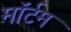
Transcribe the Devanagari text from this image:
मॉर्टम